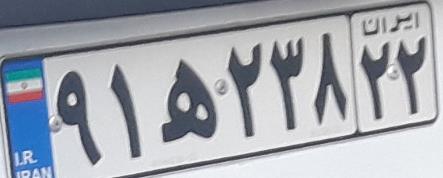
۹۱ه۲۳۸۲۲